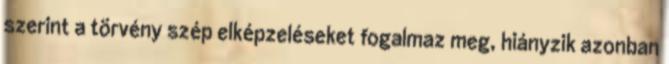
szerint a törvény szép elképzeléseket fogalmaz meg, hiányzik azonban